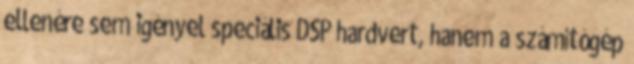
ellenére sem igényel speciális DSP hardvert, hanem a számítógép